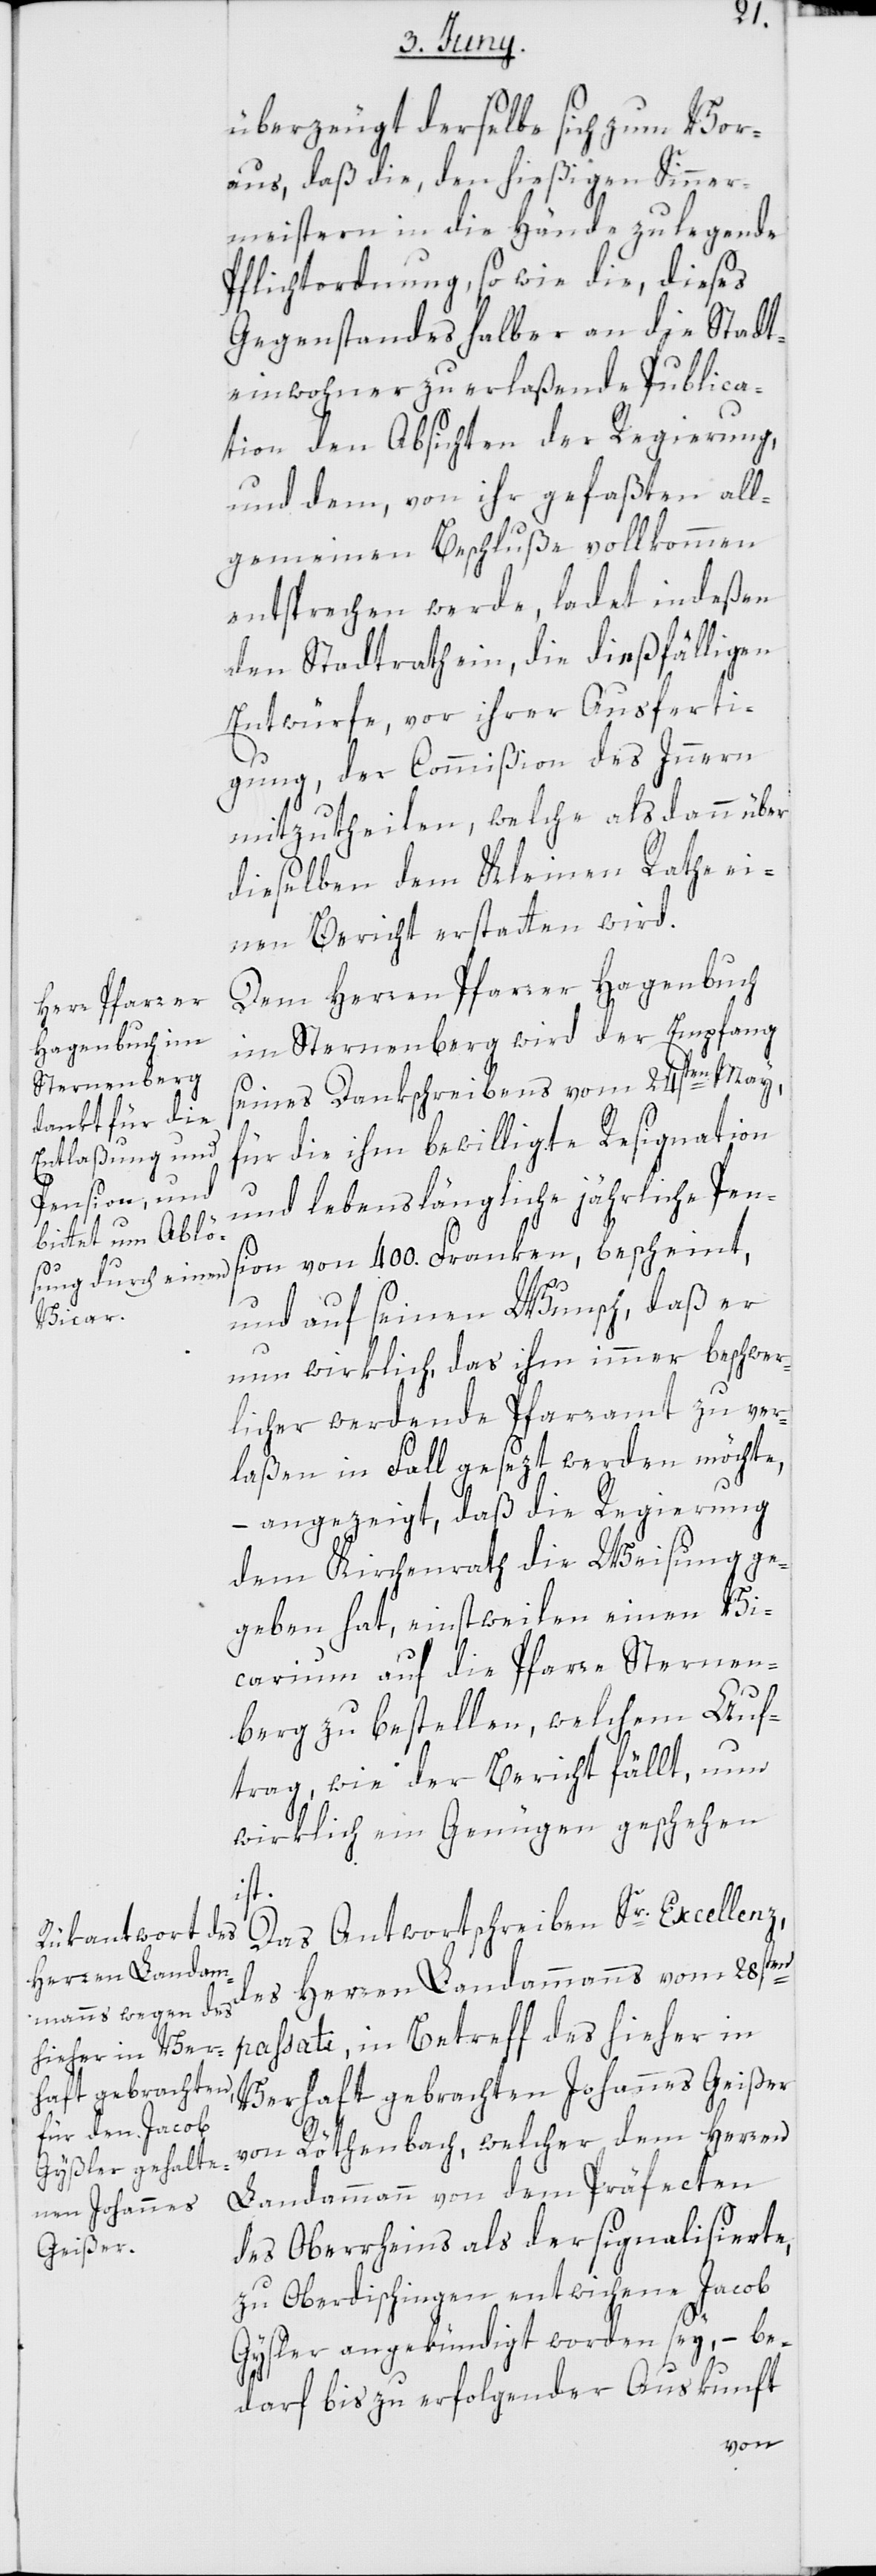
überzeugt derselbe sich zum Vor¬
aus, daß die, den hießigen Sinner¬
meistern in die Hände zu legende
Pflichtordnung, so wie die, dieses
Gegenstandes halber an die Stadt¬
einwohner zu erlaßende Publica¬
tion den Absichten der Regierung,
und dem, von ihr gefaßten all¬
gemeinen Beschluße vollkommen
entsprechen werde, ladet indeßen
den Stadtrath ein, die dießfälligen
Entwürfe, vor ihrer Ausferti¬
gung, der Commißion des Innern
mitzutheilen, welche alsdann über
dieselben dem Kleinen Rathe ei¬
nen Bericht erstatten wird.
Dem Herren Pfarrer Hagenbuch
im Sternenberg wird der Empfang
seines Dankschreibens vom 24sten May,
für die ihm bewilligte Resignation
und lebenslängliche jährliche Pens¬
ion von 400. Franken, bescheint,
und auf seinen Wunsch, daß er
nun wirklich das ihm immer beschwer¬
licher werdende Pfarramt zu ver¬
laßen in Fall gesezt werden möchte,
angezeigt, daß die Regierung
dem Kirchenrath die Weisung ge¬
geben hat, einstweilen einen Vi¬
carium auf die Pfarre Sternen¬
berg zu bestellen, welchem Auf¬
trag, wie der Bericht fällt, nun
wirklich ein Genügen geschehen
ist.
Das Antwortschreiben Sr. Excellenz,
des Herren Landammanns vom 28sten
passati, in Betreff des hieher in
Verhaft gebrachten Johannes Geißer
von Röthenbach, welcher dem Herren
Landammann von dem Präfecten
des Oberrheins als der signalisierte,
zu Oberdischingen entwichene Jacob
Gysler angekündigt worden sey, – be¬
darf bis zu erfolgender Auskunft